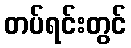
တပ်ရင်းတွင်